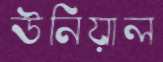
উনিয়াল